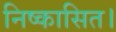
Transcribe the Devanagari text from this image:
निष्कासित।